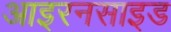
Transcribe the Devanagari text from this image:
आइरनसाइड